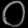
Digit: ၀